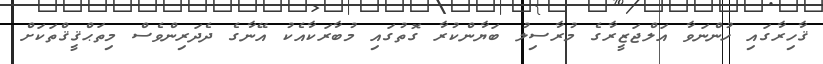
ޤާހިރާގައި ހުންނަވާ އަލްޖަޒީރާގެ މުރާސިލު ބަޔާންކުރާ ގޮތުގައި މުބާރަކާއެކު އޭނާގެ ދެދަރިންވެސް މިތަޙްޤީޤްތަކަށް